Lunatic asylums United Provinces 1899-1908 - 1899-1908
Year: 1899
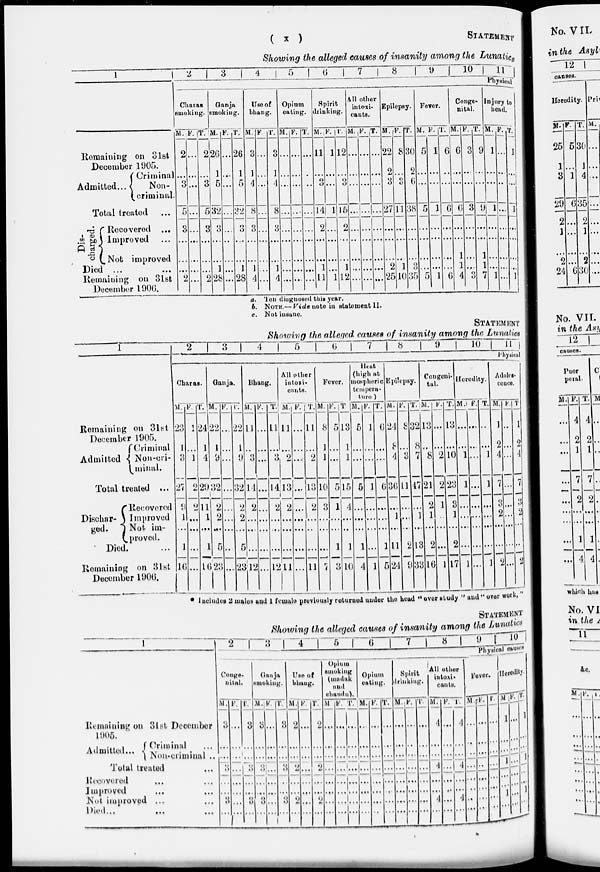
(
x
)
STATEMENT
Showing the alleged causes of insanity among the Lunatics
1
Remaining on 31st
December 1905.
Admitted ...
Criminal
Non-
criminal.
Total treated ...
Dis-
charged.
Recovered ...
Improved ...
Not improved
Died ... ...
Remaining on 31st
December 1906.
2
3
4
5
6
7
8
9
10
11
Physical
Charas
smoking.
M.
2
...
3
5
3
...
...
...
2
F.
...
...
...
...
...
...
...
...
...
T.
2
...
3
5
3
...
...
...
2
Ganja
smoking.
M.
26
1
5
32
3
...
...
1
28
F.
...
...
...
...
...
...
...
...
...
T.
26
1
5
32
3
...
...
1
28
Use of
bhang.
M.
3
1
4
8
3
...
...
1
4
F
...
...
...
...
...
...
...
...
...
T.
3
1
4
8
3
...
...
1
4
Opium
eating.
M.
...
...
...
...
...
...
...
...
...
F.
...
...
...
...
...
...
...
...
...
T.
...
...
...
...
...
...
...
...
...
Spirit
drinking.
M.
11
...
3
14
2
...
...
1
11
F.
1
...
...
1
...
...
...
...
1
T.
12
...
3
15
2
...
...
1
12
All other
intexi-
cants.
M.
...
...
...
...
...
...
...
...
...
F.
...
...
...
...
...
...
...
...
...
T.
...
...
...
...
...
...
...
...
...
Epilepsy.
M.
22
2
3
27
...
...
...
2
25
F.
8
...
3
11
...
...
...
1
10
T.
30
2
6
38
...
...
...
3
35
Fever.
M.
5
...
...
5
...
...
...
...
5
F.
1
...
...
1
...
...
...
...
1
T.
6
...
...
6
...
...
...
...
6
Conge-
nital.
M.
6
...
...
6
...
...
1
1
4
F.
3
...
...
3
...
...
...
...
3
T.
9
...
...
9
...
...
1
1
7
Injury to
head.
M.
1
...
...
1
...
...
...
...
1
F.
...
...
...
...
...
...
...
...
...
T.
1
...
...
1
...
...
...
...
1
a. Ten diagnosed this year.
b. NOTE.—Vide note in statement II.
e. Not insane.
STATEMENT
Showing the alleged causes of insanity among the Lunatics
1
Remaining on 31st
December 1905.
Admitted
Criminal
Non-cri-
minal.
Total treated ...
Dischar-
ged.
Recovered
Improved
Not im-
proved.
Died. ...
Remaining on 31st
December 1906.
2
3
4
5
6
7
8
9
10 11
Phyaical
Charas.
M.
23
1
3
27
9
1
...
1
16
F.
1
...
1
2
2
...
...
...
...
T.
24
1
4
29
11
1
...
1
16
Ganja.
M.
22
1
9
32
2
2
...
5
23
F.
...
...
...
...
...
...
...
...
...
T.
22
1
9
32
2
2
...
5
23
Bhang.
M.
11
...
3
14
2
...
...
...
12
F.
...
...
...
...
...
...
...
...
...
T.
11
...
3
14
2
...
...
...
12
All other
intoxi-
cants.
M.
11
...
2
13
2
...
...
...
11
F.
...
...
...
...
...
...
...
...
...
T.
11
...
2
13
2
...
...
...
11
Fever.
M.
8
1
1
10
3
...
...
...
7
F.
5
...
...
5
1
...
...
1
3
T
13
1
1
15
4
...
...
1
10
Heat
(high at
mospheric
tempera-
ture )
M.
5
...
...
5
...
...
...
1
4
F.
1
...
...
1
...
...
...
...
1
T.
6
...
...
6
...
...
...
1
5
Epilepsy.
M.
24
8
4
30
...
1
...
11
24
F.
8
...
3
11
...
...
...
2
9
T.
39
8
7
47
...
1
...
13
33
Congeni-
tal.
M.
13
...
8
21
2
1
...
2
16
F.
...
...
2
2
1
...
...
...
1
T.
13
...
10
23
3
1
...
2
17
Heredity.
M.
...
...
1
1
...
...
...
...
1
F.
...
...
...
...
...
...
...
...
...
T.
...
...
1
1
...
...
...
...
1
Adole-
conce.
M.
1
2
4
7
3
2
...
...
2
F.
...
...
...
...
...
...
...
...
...
T.
1
2
4
7
3
2
...
...
2
* Includes 2 males and 1 female previously returned under the head " over study " and " over work,"
STATEMENT
Showing the alleged causes of insanity among the Lunatics
1
Remaining on 31st December
1905.
Admitted...
Criminal ...
Non-criminal ...
Total treated ...
Recovered ... ...
Improved ... ...
Not improved ... ...
Died ... ...
2
3
4
5
6
7
8
9
10
Physical causes
Conge-
nital.
M.
3
...
...
3
...
...
3
...
F.
...
...
...
...
...
...
...
...
T.
3
...
...
3
...
...
3
...
Ganja
smoking.
M.
3
...
...
3
...
...
3
...
F.
...
...
...
...
...
...
...
...
T.
3
...
...
3
...
...
3
...
Use of
bhang.
M.
2
...
...
2
...
...
2
...
F.
...
...
...
...
...
...
...
...
T.
2
...
...
2
...
...
2
...
Opium
smoking
(madak
and
chandu.)
M
...
...
...
...
...
...
...
...
F.
...
...
...
...
...
...
...
...
T.
...
...
...
...
...
...
...
...
Opium
eating.
M.
...
...
...
...
...
...
...
...
F
...
...
...
...
...
...
...
...
T.
...
...
...
...
...
...
...
...
Spirit
drinking.
M.
...
...
...
...
...
...
...
...
F.
...
...
...
...
...
...
...
...
T.
...
...
...
...
...
...
...
...
All other
intoxi-
cants.
M.
4
...
...
4
...
...
4
...
F.
...
...
...
...
...
...
...
...
T.
4
...
...
4
...
...
4
...
Fever.
M.
...
...
...
...
...
...
...
...
F.
...
...
...
...
...
...
...
...
T.
...
...
...
...
...
...
...
...
Heredity
M
1
...
...
1
...
...
1
...
F.
...
...
...
...
...
...
...
...
T.
1
...
...
1
...
...
1
...